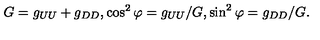
G = g _ { U U } + g _ { D D } , \cos ^ { 2 } \varphi = g _ { U U } / G , \sin ^ { 2 } \varphi = g _ { D D } / G .